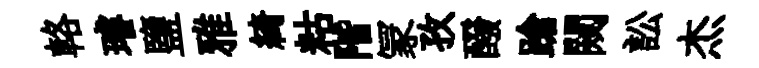
輅璿鹽雅綺䊀階冡孜醱蹌闚訟杰